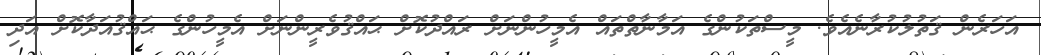
އަހަރެން ޤަތުލުކުރާނެއެވެ. މީސްތަކުންގެ އަމާނާތްތައް އެމީހުންނަށް ރައްދުކޮށް ޙައްޤުވެރީންނަށް އެމީހުންގެ ޙައްޤުއަދާކޮށް އަދި